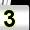
Digit: 3